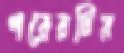
পরেরটির